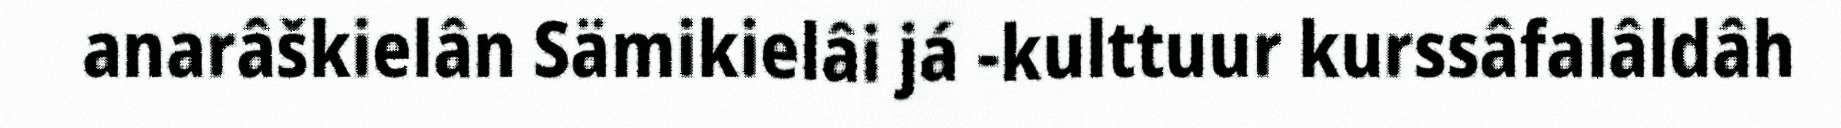
anarâškielân Sämikielâi já -kulttuur kurssâfalâldâh